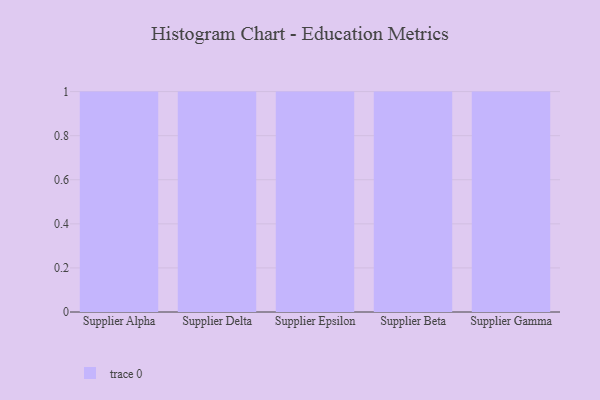
{"axis": {"x": "Supplier", "y": "Population (Million)"}, "legend": [""], "data": [{"x": "Supplier Alpha", "y": 64, "type": ""}, {"x": "Supplier Delta", "y": 7, "type": ""}, {"x": "Supplier Epsilon", "y": 28, "type": ""}, {"x": "Supplier Beta", "y": 35, "type": ""}, {"x": "Supplier Gamma", "y": 92, "type": ""}]}